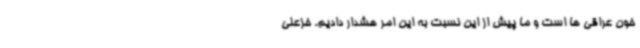
خون عراقی ها است و ما پیش از این نسبت به این امر هشدار دادیم‌. خزعلی